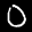
Label: 0